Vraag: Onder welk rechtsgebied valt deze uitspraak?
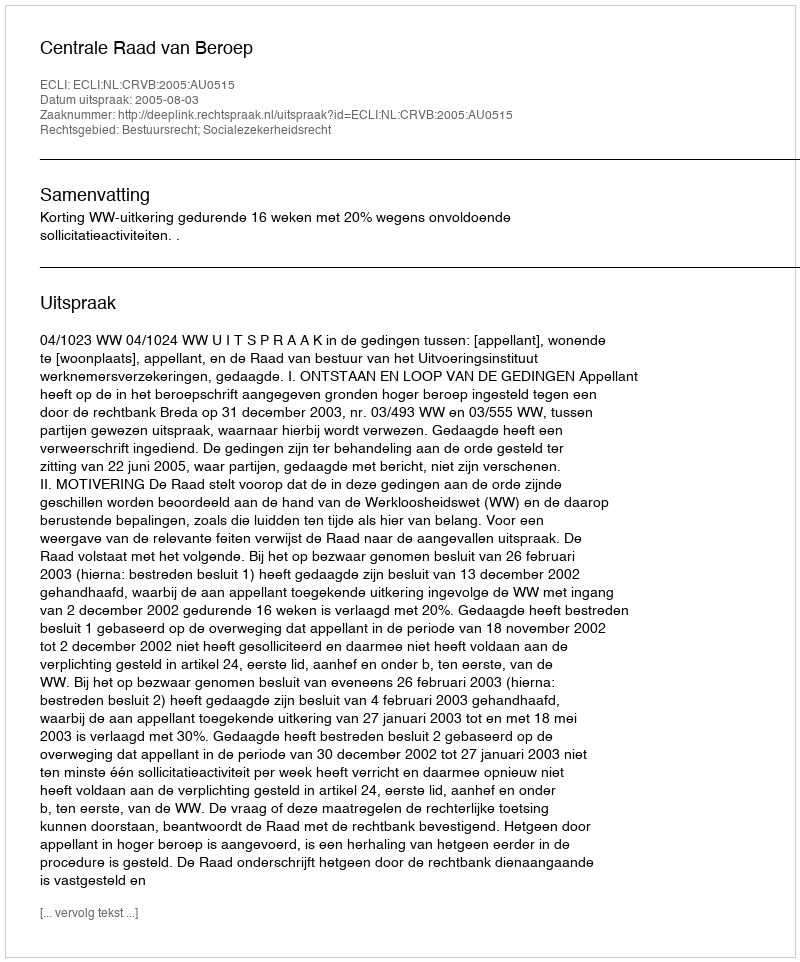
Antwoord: Bestuursrecht; Socialezekerheidsrecht